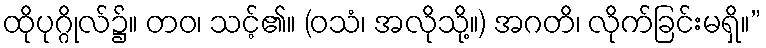
ထိုပုဂ္ဂိုလ်၌။ တဝ၊ သင့်၏။ (ဝသံ၊ အလိုသို့။) အဂတိ၊ လိုက်ခြင်းမရှိ။”